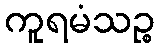
ကူရမံသဉ္စ